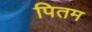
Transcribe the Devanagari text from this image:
पितम